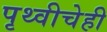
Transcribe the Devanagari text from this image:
पृथ्वीचेही